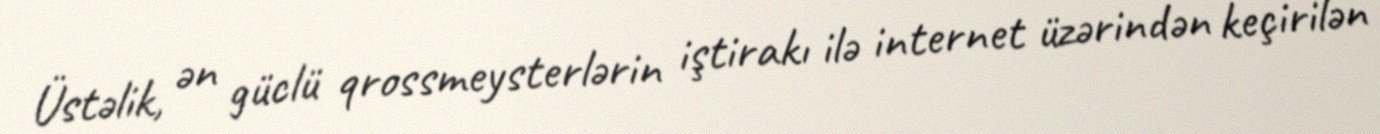
Üstəlik, ən güclü qrossmeysterlərin iştirakı ilə internet üzərindən keçirilən